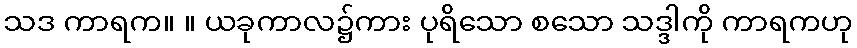
သဒ ကာရက။ ။ ယခုကာလ၌ကား ပုရိသော စသော သဒ္ဒါကို ကာရကဟု